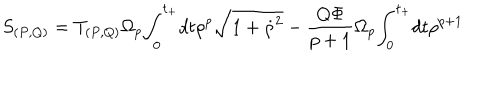
S _ { ( P , Q ) } = T _ { ( P , Q ) } { \Omega } _ { p } { \int } _ { 0 } ^ { t _ { + } } d t { \rho } ^ { p } \sqrt { 1 + { \dot { \rho } } ^ { 2 } } - \frac { Q { \Phi } } { p + 1 } { \Omega } _ { p } { \int } _ { 0 } ^ { t _ { + } } d t { \rho } ^ { p + 1 }